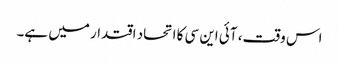
اس وقت، آئی این سی کا اتحاد اقتدار میں ہے۔